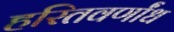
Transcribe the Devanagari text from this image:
हरितवर्णांध